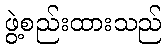
ဖွဲ့စည်းထားသည်